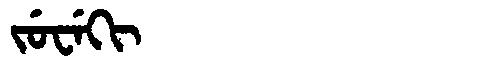
Manchu: ᠵᡠᠸᡝᡴᡳ
Romanization: JUWEKI